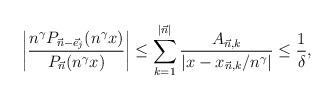
LaTeX: \begin{align*} \left| \frac{n^\gamma P_{\vec{n}-\vec{e}_j}(n^\gamma x)}{P_{\vec{n}}(n^\gamma x)} \right| \leq \sum_{k=1}^{|\vec{n}|} \frac{A_{\vec{n},k}}{|x-x_{\vec{n},k}/n^\gamma|} \leq \frac{1}{\delta}, \end{align*}